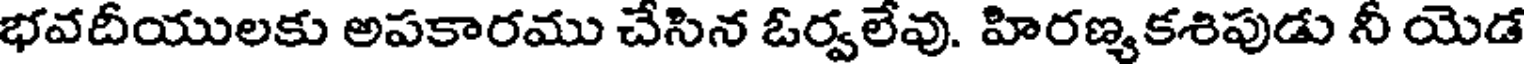
భవదీయులకు అపకారము చేసిన ఓర్వలేవు. హిరణ్యకశిపుడు నీ యెడ